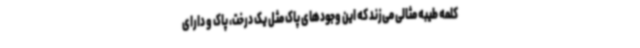
کلمه طیبه مثالی می‌زند که این وجودهای پاک مثل یک درخت، پاک و دارای